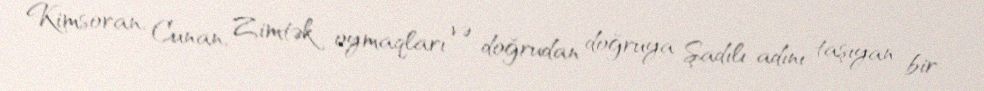
Kimsoran, Cunan, Zimtək oymaqları və doğrudan doğruya Şadılı adını taşıyan bir